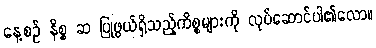
နေ့စဉ် နိစ္စ ဆ ပြုဖွယ်ရှိသည့်ကိစ္စများကို လုပ်ဆောင်ပါ၏လော။